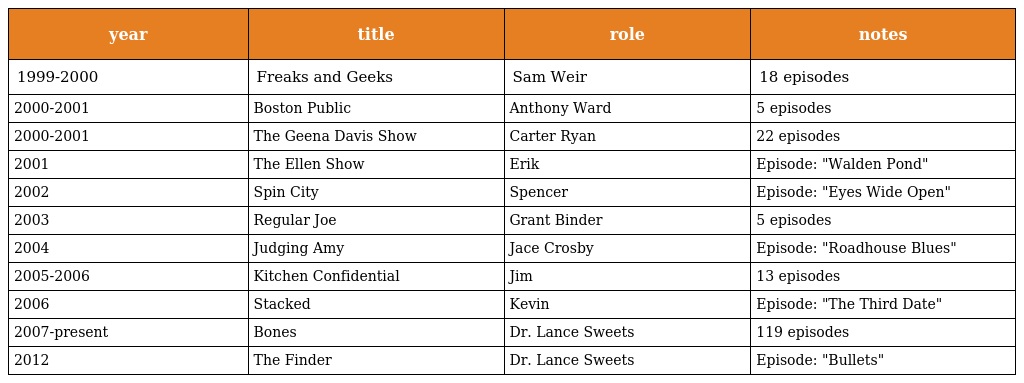
| year | title | role | notes |
 | --- | --- | --- | --- |
 | 1999-2000 | Freaks and Geeks | Sam Weir | 18 episodes |
 | 2000-2001 | Boston Public | Anthony Ward | 5 episodes |
 | 2000-2001 | The Geena Davis Show | Carter Ryan | 22 episodes |
 | 2001 | The Ellen Show | Erik | Episode: "Walden Pond" |
 | 2002 | Spin City | Spencer | Episode: "Eyes Wide Open" |
 | 2003 | Regular Joe | Grant Binder | 5 episodes |
 | 2004 | Judging Amy | Jace Crosby | Episode: "Roadhouse Blues" |
 | 2005-2006 | Kitchen Confidential | Jim | 13 episodes |
 | 2006 | Stacked | Kevin | Episode: "The Third Date" |
 | 2007-present | Bones | Dr. Lance Sweets | 119 episodes |
 | 2012 | The Finder | Dr. Lance Sweets | Episode: "Bullets" |